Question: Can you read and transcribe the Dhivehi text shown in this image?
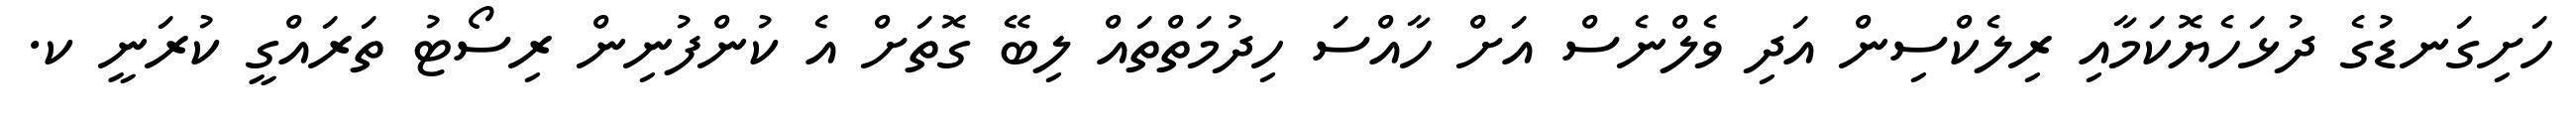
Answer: ހަށިގަނޑުގެ ދުޅަހެޔޮކަމާއި ރިލެކްސިން އަދި ވެލްނެސް އަށް ހާއްސަ ހިދުމަތްތައް ލިބޭ ގޮތަށް އެ ކުންފުނިން ރިސޯޓު ތަރައްގީ ކުރަނީ ކ.